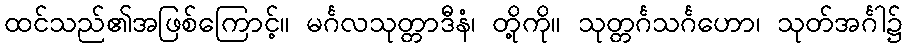
ထင်သည်၏အဖြစ်ကြောင့်။ မင်္ဂလသုတ္တာဒီနံ၊ တို့ကို။ သုတ္တင်္ဂသင်္ဂဟော၊ သုတ်အင်္ဂါ၌